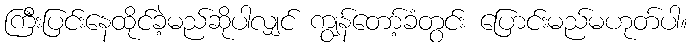
ကြီးပြင်းနေထိုင်ခဲ့မည်ဆိုပါလျှင် ကျွန်တော့်ခံတွင်း ပြောင်းမည်မဟုတ်ပါ။